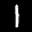
Label: 1